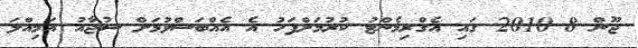
ޖޫން 8 2010 ގައި އެގްރިމެންޓު ކުރުމަށްފަހު އެ އެއްބަސްވުމަށް ސުޖާއު އަމިއްލަ